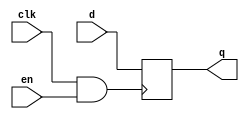
module d_ff_and(
	input clk,
	input en,
	input d,
	output q);

wire qclk;
reg q;

assign qclk = clk && en;

always @(posedge qclk)
begin
	q<=d;
end

endmodule